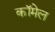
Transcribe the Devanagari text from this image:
कॉमेल